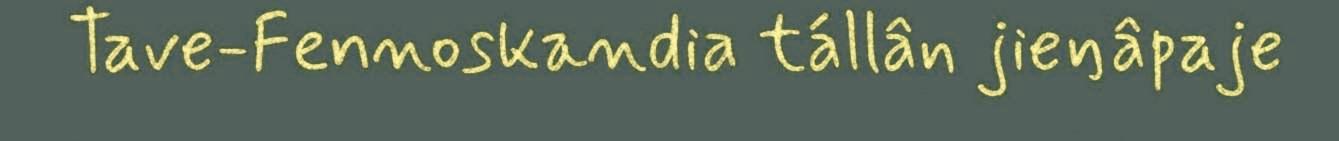
Tave-Fennoskandia tállân jieŋâpaje